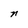
Character: n